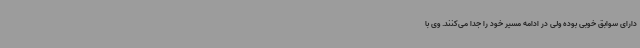
دارای سوابق خوبی بوده ولی در ادامه مسیر خود را جدا می‌کنند. وی با